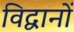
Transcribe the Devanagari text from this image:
विद्वानों